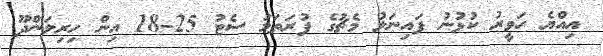
އިއްޔެ ހަވީރު ކުޅުނު ފައިނަލު މެޗުގެ ފުރަތަމަ ސެޓު 25-18 އިން ހިރިލަންދޫ